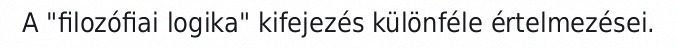
A "filozófiai logika" kifejezés különféle értelmezései.